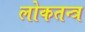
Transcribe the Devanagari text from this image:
लोकतन्‍त्र